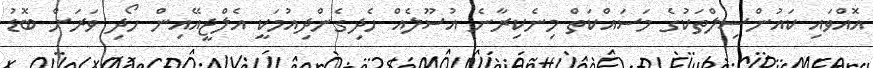
އޮއްވައި ކައުންސިލްތަކުގެ މަސައްކަތް މިނެކިރާނެ އުސޫލެއް ހެދިގެންދިއުމަކީ އެލްޖީއޭއިން ހޯދި ވަރަށް ބޮޑު